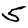
Digit: 5